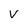
Character: v